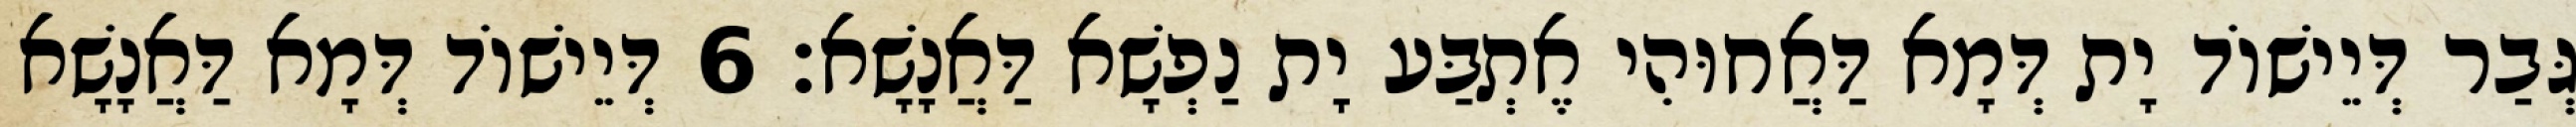
גְּבַר דְּיֵישׁוֹד יָת דְּמָא דַּאֲחוּהִי אֶתְבַּע יָת נַפְשָׁא דַּאֲנָשָׁא׃ 6 דְּיֵישׁוֹד דְּמָא דַּאֲנָשָׁא